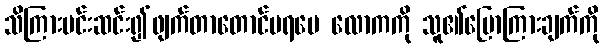
သိကြားမင်းဆင်း၍ဖျက်တာတောင်မရပေ လောကကို သူ၏ပြောကြားချက်ကို